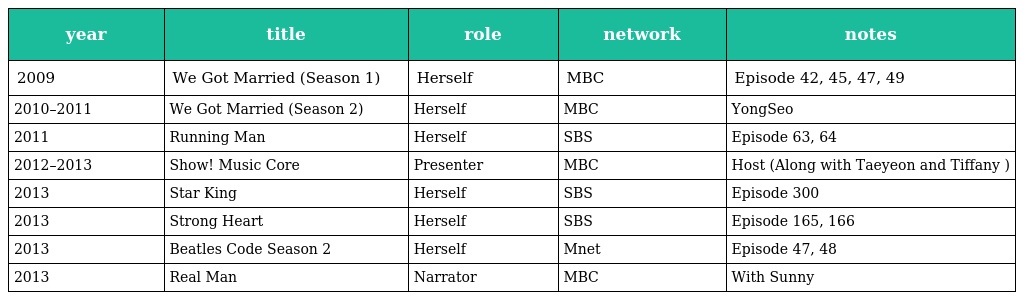
| year | title | role | network | notes |
 | --- | --- | --- | --- | --- |
 | 2009 | We Got Married (Season 1) | Herself | MBC | Episode 42, 45, 47, 49 |
 | 2010–2011 | We Got Married (Season 2) | Herself | MBC | YongSeo |
 | 2011 | Running Man | Herself | SBS | Episode 63, 64 |
 | 2012–2013 | Show! Music Core | Presenter | MBC | Host (Along with Taeyeon and Tiffany ) |
 | 2013 | Star King | Herself | SBS | Episode 300 |
 | 2013 | Strong Heart | Herself | SBS | Episode 165, 166 |
 | 2013 | Beatles Code Season 2 | Herself | Mnet | Episode 47, 48 |
 | 2013 | Real Man | Narrator | MBC | With Sunny |